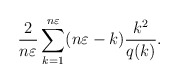
\begin{align*} \frac{2}{n\varepsilon} \sum_{k=1}^{n\varepsilon}(n\varepsilon-k) \frac{k^2}{q(k)}.\end{align*}